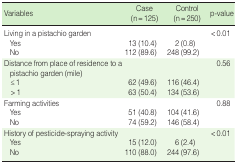
| Variables | Case (n=125) | Control (n=250) | p-value |
 | --- | --- | --- | --- |
 | Living in a pistachio garden |  |  | <0.01 |
 | Yes | 13 (10.4) | 2 (0.8) |  |
 | No | 112 (89.6) | 248 (99.2) |  |
 | Distance from place of residence to a pistachio garden (mile) |  |  | 0.56 |
 | ≤1 | 62 (49.6) | 116 (46.4) |  |
 | >1 | 63 (50.4) | 134 (53.6) |  |
 | Farming activities |  |  | 0.88 |
 | Yes | 51 (40.8) | 104 (41.6) |  |
 | No | 74 (59.2) | 146 (58.4) |  |
 | History of pesticide-spraying activity |  |  | <0.01 |
 | Yes | 15 (12.0) | 6 (2.4) |  |
 | No | 110 (88.0) | 244 (97.6) |  |